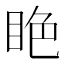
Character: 𥅺